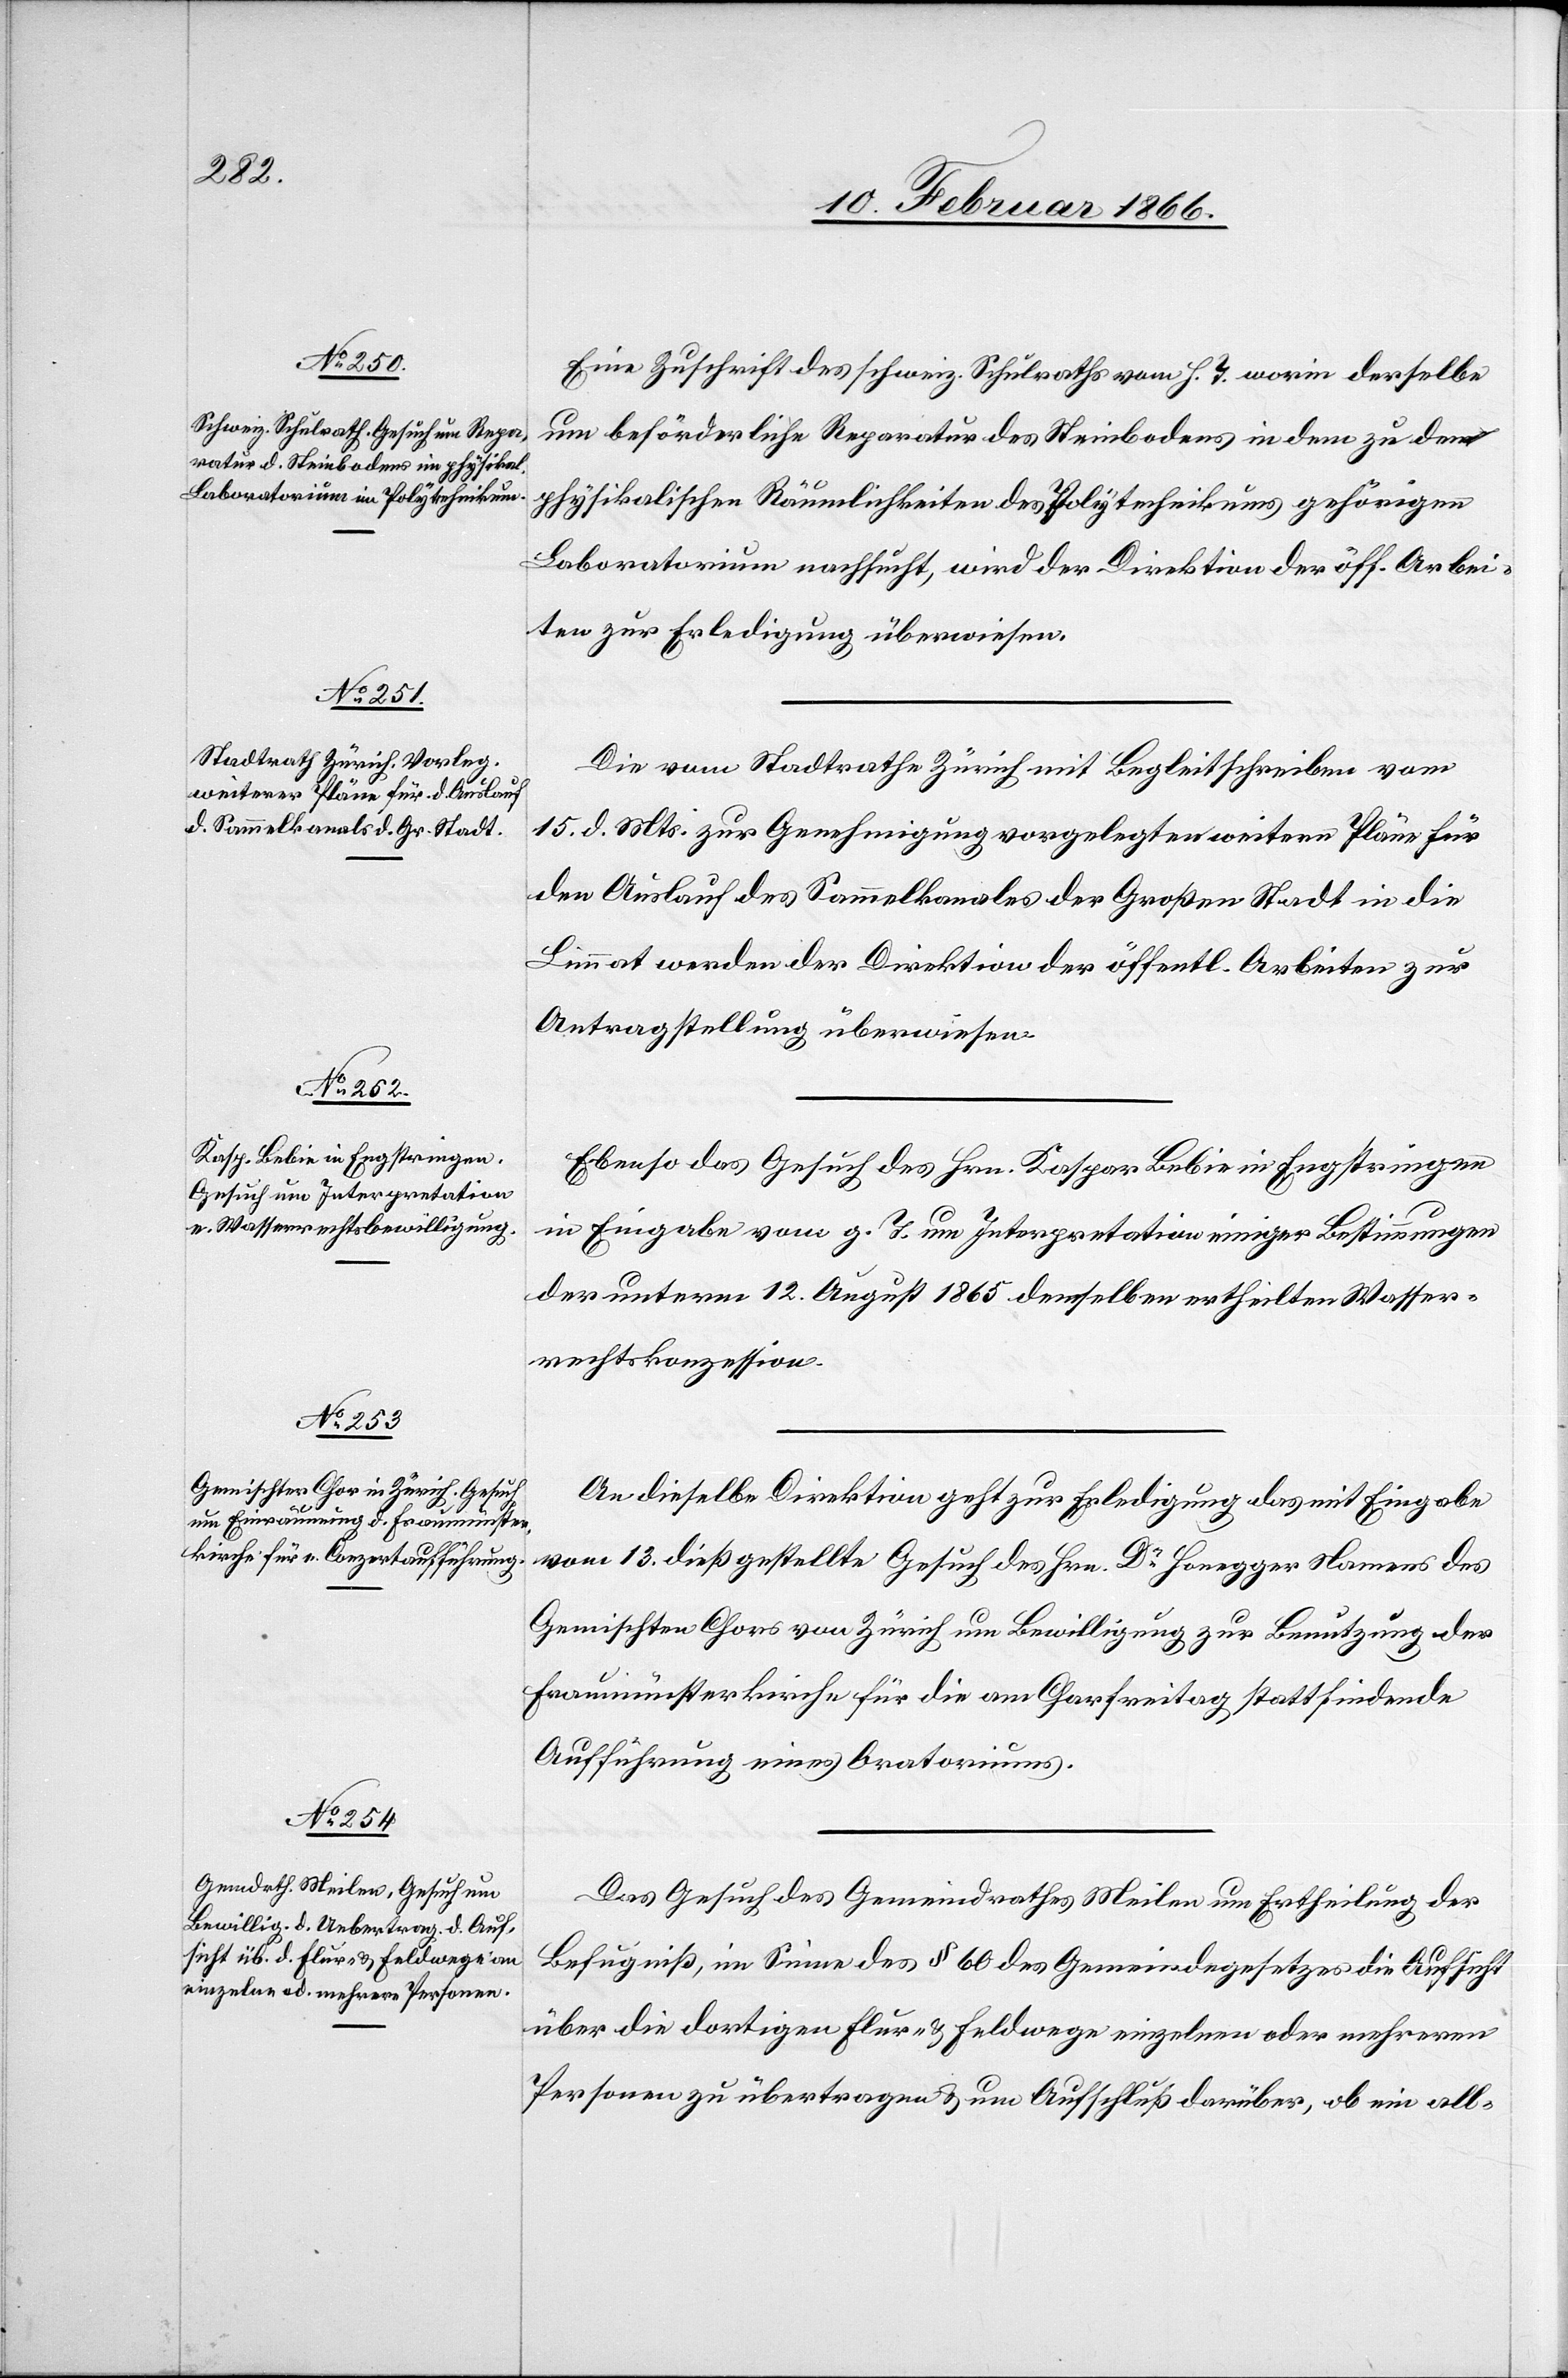
17. Februar 1866.]
Eine Zuschrift des schweiz. Schulrathes vom h. T. worin derselbe
um beförderliche Reparatur des Steinbodens in dem zu den
physikalischen Räumlichkeiten des Polytechnikums gehörigen
Laboratorium nachsucht, wird der Direktion der öff. Arbei¬
ten zur Erledigung überwiesen.
Die vom Stadtrathe Zürich mit Begleitschreiben vom
15. d. Mts. zur Genehmigung vorgelegten Pläne für
den Auslauf des Sammelkanals der Großen Stadt in die
Limmat werden der Direktion der öffentl. Arbeiten zur
Antragstellung überwiesen.
Ebenso das Gesuch des Hrn. Kaspar Bebie in Engstringen
in Eingabe vom g. T. um Interpretation einiger Bestimmungen
der unterm 12. August 1865 demselben ertheilten Wasser¬
rechtskonzession.
An dieselbe Direktion geht zur Erledigung des mit Eingabe
vom 13. dieß gestellte Gesuch des Hrn. Dr. Honegger Namens des
Gemischten Chors von Zürich um Bewilligung zur Benutzung der
Fraumünsterkirche für die am Charfreitag stattfindende
Aufführung eines Oratoriums.
Das Gesuch des Gemeindrathes Meilen um Ertheilung der
Befugnis, im Sinne des § 60 des Gemeindegesetzes die Aufsicht
über die dortigen Flur- u. Feldwege einzelnen oder mehreren
Personen zu übertragen u. um Aufschluß darüber, ob ein all-